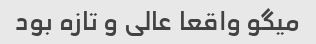
میگو واقعا عالی و تازه بود